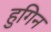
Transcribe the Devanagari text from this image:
हुगिन